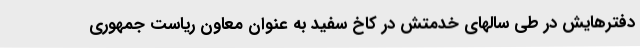
دفترهایش در طی سالهای خدمتش در کاخ سفید به عنوان معاون ریاست جمهوری